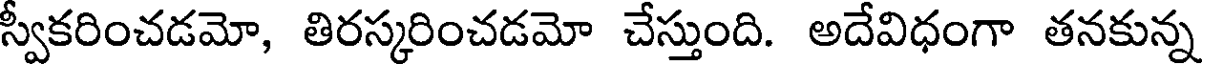
స్వీకరించడమో, తిరస్కరించడమో చేస్తుంది. అదేవిధంగా తనకున్న